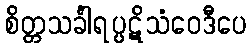
စိတ္တသင်္ခါရပ္ပဋိသံဝေဒီပေ